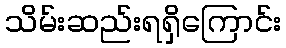
သိမ်းဆည်းရရှိကြောင်း